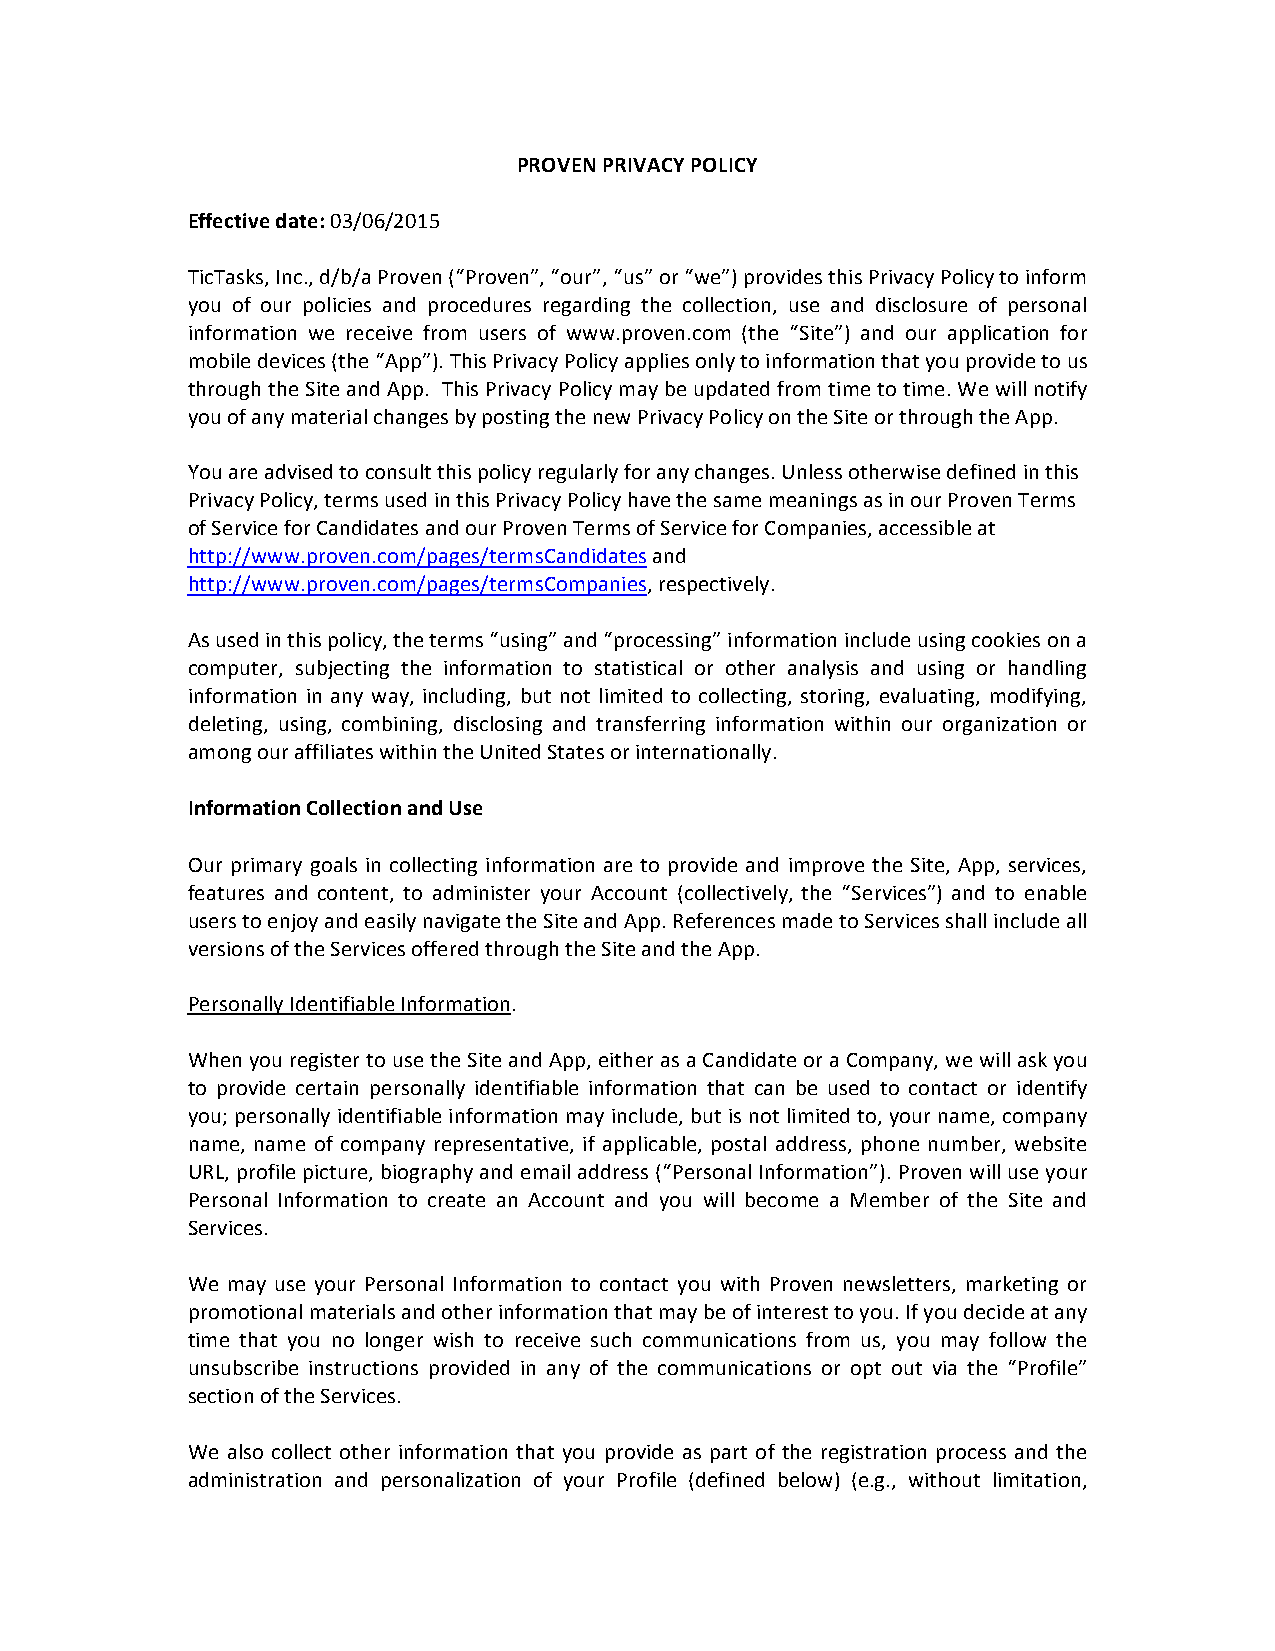
PROVEN PRIVACY POLICY
 Effective date: 03/06/2015
 TicTasks, Inc., d/b/a Proven (“Proven”, “our”, “us” or “we”) provides this Privacy Policy to inform
 you of our policies and procedures regarding the collection, use and disclosure of personal
 information we receive from users of www.proven.com (the “Site”) and our application for
 mobile devices (the “App”). This Privacy Policy applies only to information that you provide to us
 through the Site and App. This Privacy Policy may be updated from time to time. We will notify
 you of any material changes by posting the new Privacy Policy on the Site or through the App.
 You are advised to consult this policy regularly for any changes. Unless otherwise defined in this
 Privacy Policy, terms used in this Privacy Policy have the same meanings as in our Proven Terms
 of Service for Candidates and our Proven Terms of Service for Companies, accessible at
 http://www.proven.com/pages/termsCandidates and
 http://www.proven.com/pages/termsCompanies, respectively.
 As used in this policy, the terms “using” and “processing” information include using cookies on a
 computer, subjecting the information to statistical or other analysis and using or handling
 information in any way, including, but not limited to collecting, storing, evaluating, modifying,
 deleting, using, combining, disclosing and transferring information within our organization or
 among our affiliates within the United States or internationally.
 Information Collection and Use
 Our primary goals in collecting information are to provide and improve the Site, App, services,
 features and content, to administer your Account (collectively, the “Services”) and to enable
 users to enjoy and easily navigate the Site and App. References made to Services shall include all
 versions of the Services offered through the Site and the App.
 Personally Identifiable Information.
 When you register to use the Site and App, either as a Candidate or a Company, we will ask you
 to provide certain personally identifiable information that can be used to contact or identify
 you; personally identifiable information may include, but is not limited to, your name, company
 name, name of company representative, if applicable, postal address, phone number, website
 URL, profile picture, biography and email address (“Personal Information”). Proven will use your
 Personal Information to create an Account and you will become a Member of the Site and
 Services.
 We may use your Personal Information to contact you with Proven newsletters, marketing or
 promotional materials and other information that may be of interest to you. If you decide at any
 time that you no longer wish to receive such communications from us, you may follow the
 unsubscribe instructions provided in any of the communications or opt out via the “Profile”
 section of the Services.
 We also collect other information that you provide as part of the registration process and the
 administration and personalization of your Profile (defined below) (e.g., without limitation,